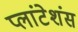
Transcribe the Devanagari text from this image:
प्लांटेशंस